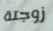
زوجتة